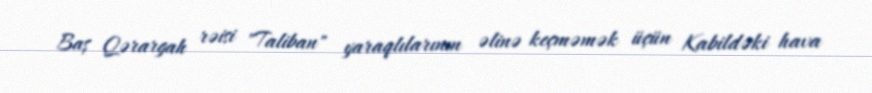
Baş Qərargah rəisi "Taliban" yaraqlılarının əlinə keçməmək üçün Kabildəki hava